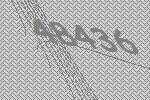
48436